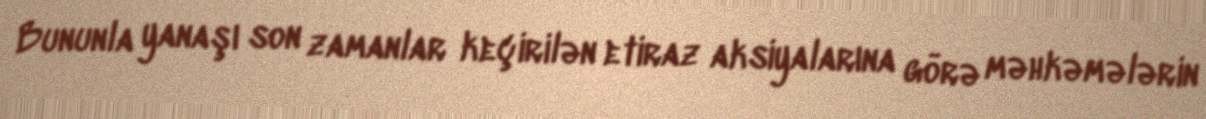
Bununla yanaşı son zamanlar keçirilən etiraz aksiyalarına görə məhkəmələrin